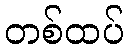
တစ်ထပ်